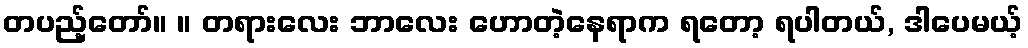
တပည့်တော်။ ။ တရားလေး ဘာလေး ဟောတဲ့နေရာက ရတော့ ရပါတယ်, ဒါပေမယ့်